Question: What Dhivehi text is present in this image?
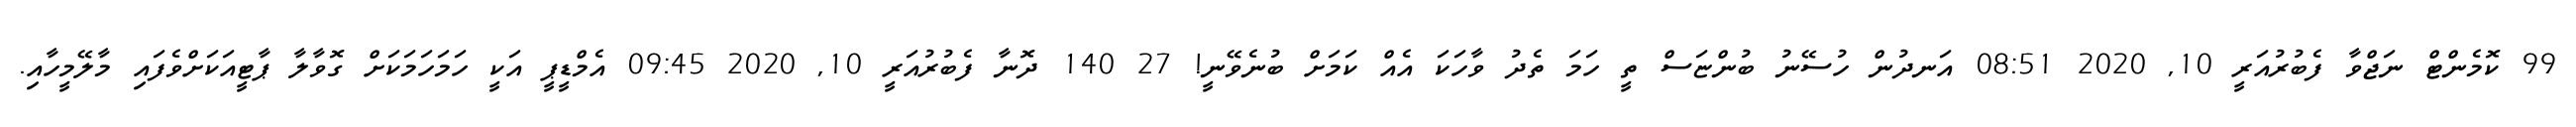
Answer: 99 ކޮމެންޓް ނަޖްވާ ފެބުރުއަރީ 10, 2020 08:51 އަނދުން ހުސޭނު ބުންޏަސް ތީ ހަމަ ތެދު ވާހަކަ އެއް ކަމަށް ބުނެވޭނީ! 27 140 ދޮނާ ފެބުރުއަރީ 10, 2020 09:45 އެމްޑީޕީ އަކީ ހަމަހަމަކަށް ގޮވާލާ ޕާޓީއަކަށްވެފައި މާލޭމީހާއި.